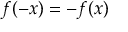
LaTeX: f ( - x ) = - f ( x )